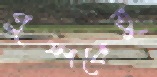
পুষ্পকেতু